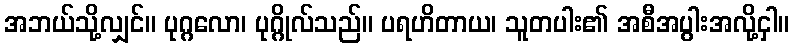
အဘယ်သို့လျှင်။ ပုဂ္ဂလော၊ ပုဂ္ဂိုလ်သည်။ ပရဟိတာယ၊ သူတပါး၏ အစီအပွါးအလို့ငှါ။